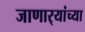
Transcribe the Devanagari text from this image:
जाणार्‍यांच्या